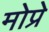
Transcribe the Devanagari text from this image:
मोप्रे